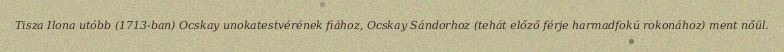
Tisza Ilona utóbb (1713-ban) Ocskay unokatestvérének fiához, Ocskay Sándorhoz (tehát előző férje harmadfokú rokonához) ment nőül.